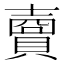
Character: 𧷗